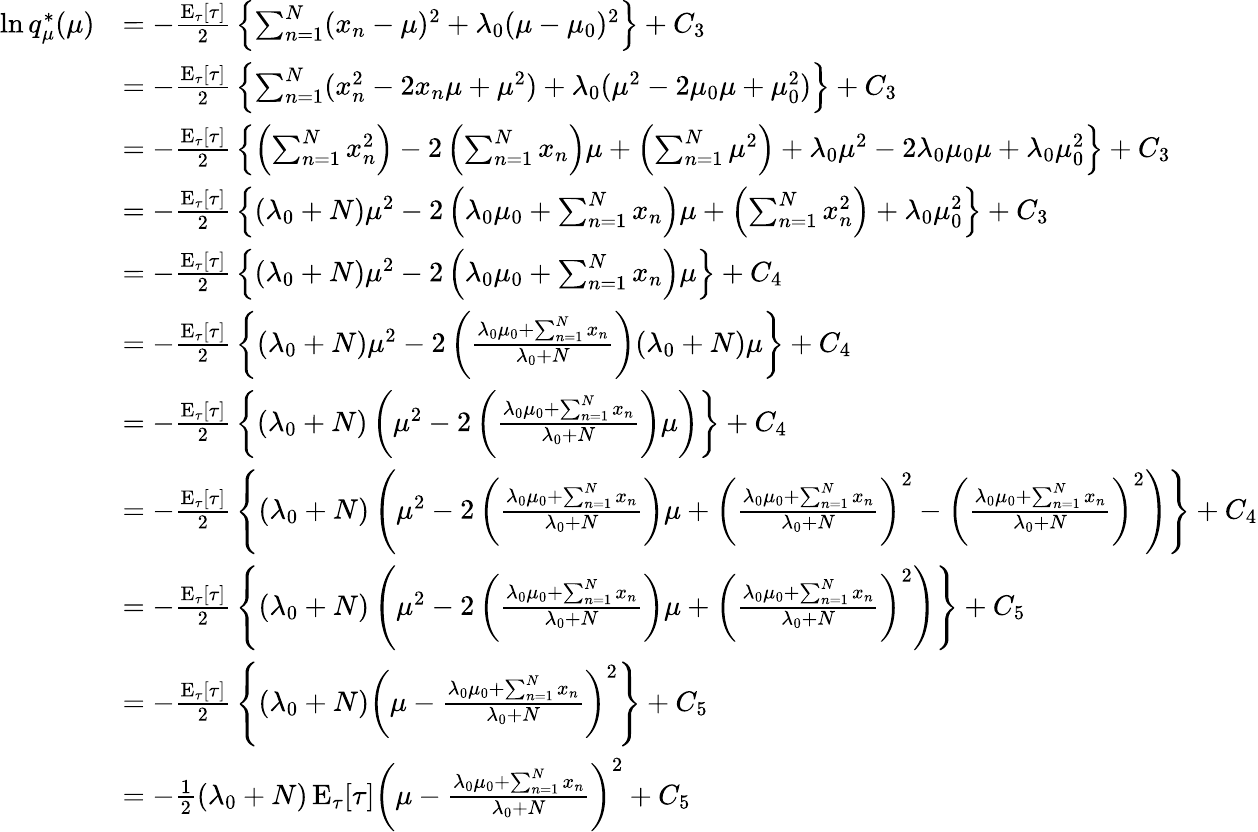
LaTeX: {\begin{array}{rl}{\ln q_{\mu}^{*}(\mu)}&{=-{\frac{\operatorname{E}_{\tau}[\tau]}{2}}\left\{ \sum_{n=1}^{N}(x_{n}-\mu)^{2}+\lambda_{0}(\mu-\mu_{0})^{2}\right\} +C_{3}}\\ &{=-{\frac{\operatorname{E}_{\tau}[\tau]}{2}}\left\{ \sum_{n=1}^{N}(x_{n}^{2}-2x_{n}\mu+\mu^{2})+\lambda_{0}(\mu^{2}-2\mu_{0}\mu+\mu_{0}^{2})\right\} +C_{3}}\\ &{=-{\frac{\operatorname{E}_{\tau}[\tau]}{2}}\left\{ \left(\sum_{n=1}^{N}x_{n}^{2}\right)-2\left(\sum_{n=1}^{N}x_{n}\right)\mu+\left(\sum_{n=1}^{N}\mu^{2}\right)+\lambda_{0}\mu^{2}-2\lambda_{0}\mu_{0}\mu+\lambda_{0}\mu_{0}^{2}\right\} +C_{3}}\\ &{=-{\frac{\operatorname{E}_{\tau}[\tau]}{2}}\left\{ (\lambda_{0}+N)\mu^{2}-2\left(\lambda_{0}\mu_{0}+\sum_{n=1}^{N}x_{n}\right)\mu+\left(\sum_{n=1}^{N}x_{n}^{2}\right)+\lambda_{0}\mu_{0}^{2}\right\} +C_{3}}\\ &{=-{\frac{\operatorname{E}_{\tau}[\tau]}{2}}\left\{ (\lambda_{0}+N)\mu^{2}-2\left(\lambda_{0}\mu_{0}+\sum_{n=1}^{N}x_{n}\right)\mu\right\} +C_{4}}\\ &{=-{\frac{\operatorname{E}_{\tau}[\tau]}{2}}\left\{ (\lambda_{0}+N)\mu^{2}-2\left({\frac{\lambda_{0}\mu_{0}+\sum_{n=1}^{N}x_{n}}{\lambda_{0}+N}}\right)(\lambda_{0}+N)\mu\right\} +C_{4}}\\ &{=-{\frac{\operatorname{E}_{\tau}[\tau]}{2}}\left\{ (\lambda_{0}+N)\left(\mu^{2}-2\left({\frac{\lambda_{0}\mu_{0}+\sum_{n=1}^{N}x_{n}}{\lambda_{0}+N}}\right)\mu\right)\right\} +C_{4}}\\ &{=-{\frac{\operatorname{E}_{\tau}[\tau]}{2}}\left\{ (\lambda_{0}+N)\left(\mu^{2}-2\left({\frac{\lambda_{0}\mu_{0}+\sum_{n=1}^{N}x_{n}}{\lambda_{0}+N}}\right)\mu+\left({\frac{\lambda_{0}\mu_{0}+\sum_{n=1}^{N}x_{n}}{\lambda_{0}+N}}\right)^{2}-\left({\frac{\lambda_{0}\mu_{0}+\sum_{n=1}^{N}x_{n}}{\lambda_{0}+N}}\right)^{2}\right)\right\} +C_{4}}\\ &{=-{\frac{\operatorname{E}_{\tau}[\tau]}{2}}\left\{ (\lambda_{0}+N)\left(\mu^{2}-2\left({\frac{\lambda_{0}\mu_{0}+\sum_{n=1}^{N}x_{n}}{\lambda_{0}+N}}\right)\mu+\left({\frac{\lambda_{0}\mu_{0}+\sum_{n=1}^{N}x_{n}}{\lambda_{0}+N}}\right)^{2}\right)\right\} +C_{5}}\\ &{=-{\frac{\operatorname{E}_{\tau}[\tau]}{2}}\left\{ (\lambda_{0}+N)\left(\mu-{\frac{\lambda_{0}\mu_{0}+\sum_{n=1}^{N}x_{n}}{\lambda_{0}+N}}\right)^{2}\right\} +C_{5}}\\ &{=-{\frac{1}{2}}(\lambda_{0}+N)\operatorname{E}_{\tau}[\tau]\left(\mu-{\frac{\lambda_{0}\mu_{0}+\sum_{n=1}^{N}x_{n}}{\lambda_{0}+N}}\right)^{2}+C_{5}}\end{array}}